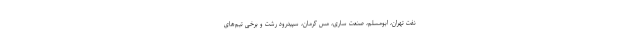
نفت تهران، ابومسلم، صنعت ساری، مس کرمان، سپیدرود رشت و برخی تیم‌های